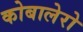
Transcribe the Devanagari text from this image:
कोबालेरो